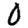
Digit: 0